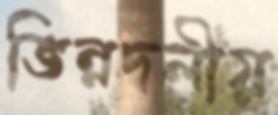
ভিন্নদলীয়